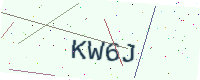
Text: KW6J